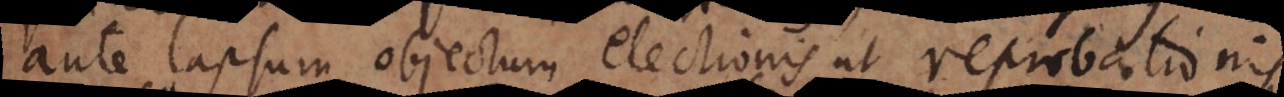
ante lapsum objectum electionis et reprobationis